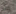
وفير